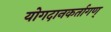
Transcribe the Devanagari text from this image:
योगदानकर्तागण्